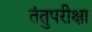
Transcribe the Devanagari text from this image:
तंतुपरीक्षा